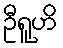
ဦရူဟိ